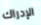
الإدراك